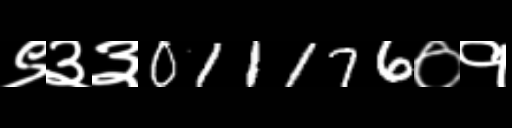
Text: ९३३011176०१